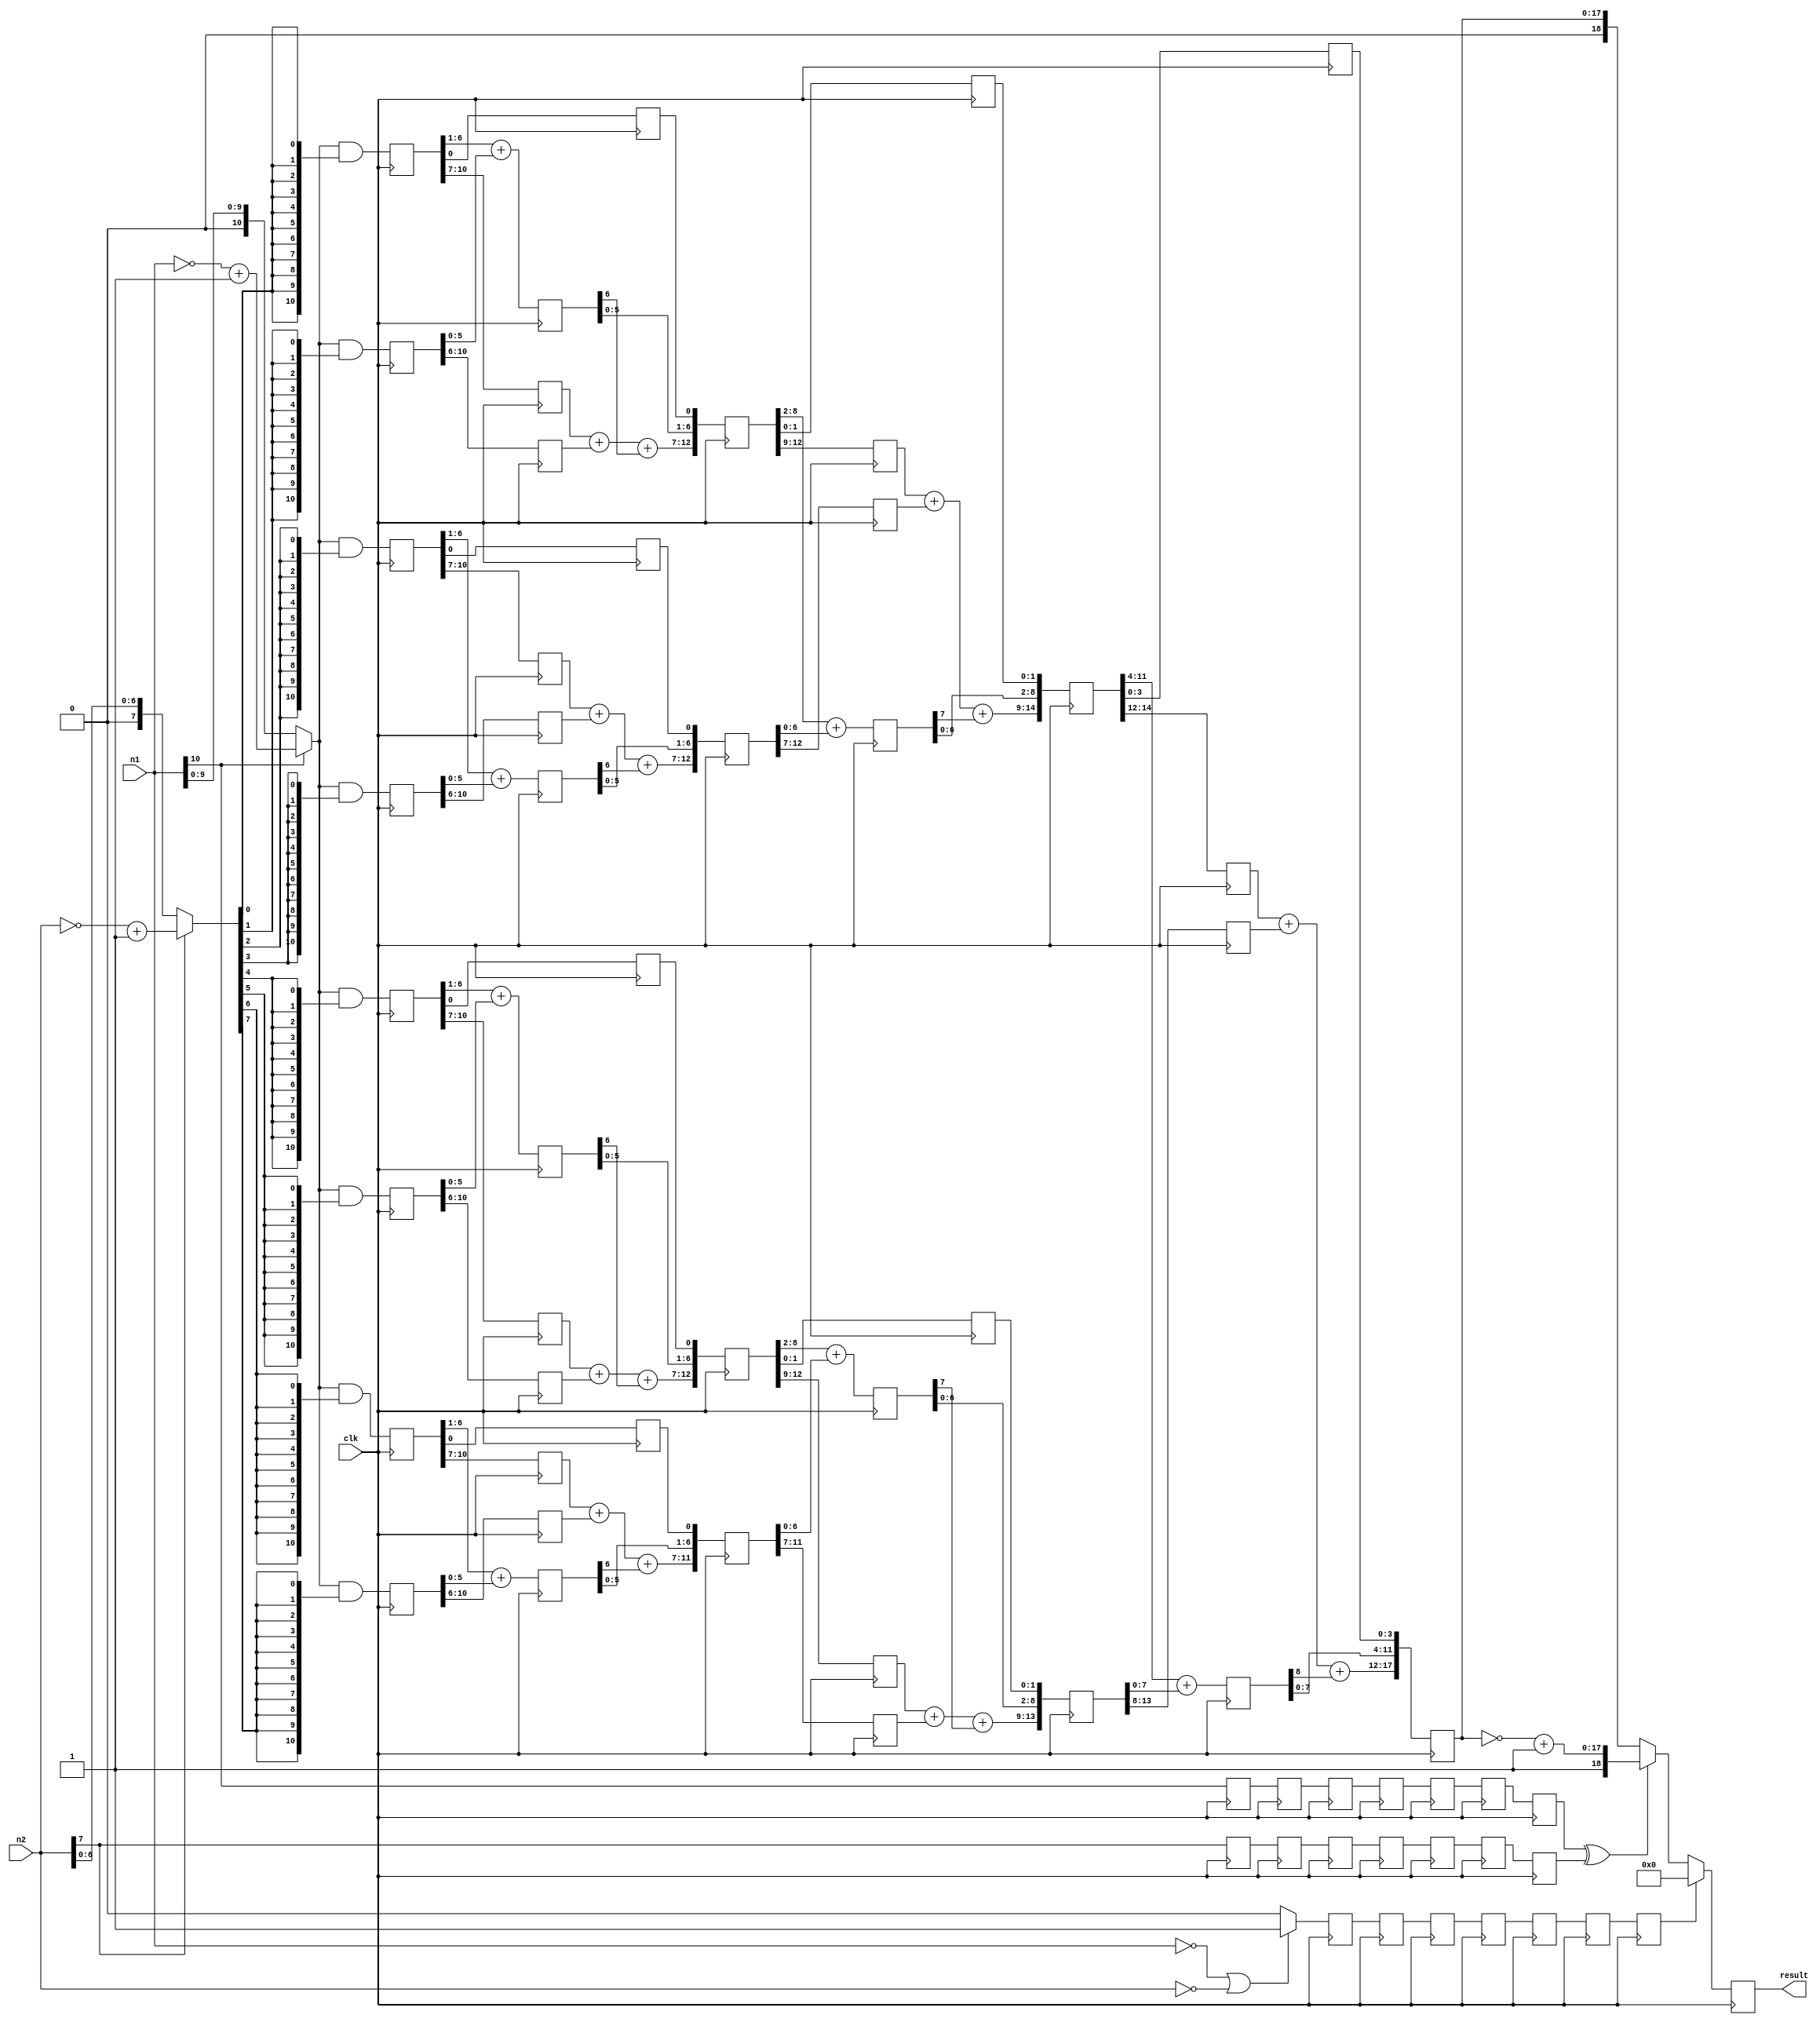
module mult11sx8s (
    input clk,
    input [10:0] n1,
    input [7:0] n2,
    output reg [18:0] result
);

    reg [10:0] n1_mag; // Changed from wire to reg
    reg [7:0] n2_mag; // Changed from wire to reg
    wire n1orn2z;

    wire [10:0] p1, p2, p3, p4, p5, p6, p7, p8;
    wire [6:0] s11a, s12a, s13a, s14a;
    wire [5:0] s11b, s12b, s13b, s14b;
    wire [12:0] s11, s12, s13, s14;
    wire [7:0] s21a, s22a;
    wire [6:0] s21b, s22b;
    wire [14:0] s21, s22;
    wire [8:0] s31a;
    wire [7:0] s31b;
    wire [17:0] s31;
    wire res_sign;
    wire [18:0] res;

    reg n1_reg1, n1_reg2, n1_reg3, n1_reg4, n1_reg5, n1_reg6, n1_reg7;
    reg n2_reg1, n2_reg2, n2_reg3, n2_reg4, n2_reg5, n2_reg6, n2_reg7;
    reg n1orn2z_reg1, n1orn2z_reg2, n1orn2z_reg3, n1orn2z_reg4, n1orn2z_reg5, n1orn2z_reg6, n1orn2z_reg7;
    reg [10:0] p1_reg1, p2_reg1, p3_reg1, p4_reg1, p5_reg1, p6_reg1, p7_reg1, p8_reg1;
    reg [10:0] p1_reg2, p2_reg2, p3_reg2, p4_reg2, p5_reg2, p6_reg2, p7_reg2, p8_reg2;
    reg [6:0] s11a_reg2, s12a_reg2, s13a_reg2, s14a_reg2;
    reg [12:0] s11_reg3, s12_reg3, s13_reg3, s14_reg3;
    reg [12:0] s11_reg4, s12_reg4, s13_reg4, s14_reg4;
    reg [14:0] s21_reg5, s22_reg5;
    reg [14:0] s21_reg6, s22_reg6;
    reg [17:0] s31_reg7;
    reg [8:0] s31a_reg6;
    reg [7:0] s21a_reg4, s22a_reg4;

    always @(n1)
    begin
        if (n1[10] == 1'b0)
            n1_mag = n1[10:0];
        else
            n1_mag = ~n1[10:0] + 1;
    end

    always @(n2)
    begin
        if (n2[7] == 1'b0)
            n2_mag = n2[7:0];
        else
            n2_mag = ~n2[7:0] + 1;
    end

    assign n1orn2z = ((n1 == 11'b0) || (n2 == 7'b0)) ? 1'b1 : 1'b0;
    assign p1 = n1_mag[10:0] & {11{n2_mag[0]}};
    assign p2 = n1_mag[10:0] & {11{n2_mag[1]}};
    assign p3 = n1_mag[10:0] & {11{n2_mag[2]}};
    assign p4 = n1_mag[10:0] & {11{n2_mag[3]}};
    assign p5 = n1_mag[10:0] & {11{n2_mag[4]}};
    assign p6 = n1_mag[10:0] & {11{n2_mag[5]}};
    assign p7 = n1_mag[10:0] & {11{n2_mag[6]}};
    assign p8 = n1_mag[10:0] & {11{n2_mag[7]}};

    always @(posedge clk)
    begin
        p1_reg1 <= p1;
        p2_reg1 <= p2;
        p3_reg1 <= p3;
        p4_reg1 <= p4;
        p5_reg1 <= p5;
        p6_reg1 <= p6;
        p7_reg1 <= p7;
        p8_reg1 <= p8;
        n1_reg1 <= n1[10];
        n2_reg1 <= n2[7];
        n1orn2z_reg1 <= n1orn2z;
    end

    assign s11a[6:0] = p1_reg1[6:1] + p2_reg1[5:0];
    assign s12a[6:0] = p3_reg1[6:1] + p4_reg1[5:0];
    assign s13a[6:0] = p5_reg1[6:1] + p6_reg1[5:0];
    assign s14a[6:0] = p7_reg1[6:1] + p8_reg1[5:0];

    always @(posedge clk)
    begin
        s11a_reg2 <= s11a;
        s12a_reg2 <= s12a;
        s13a_reg2 <= s13a;
        s14a_reg2 <= s14a;
        p1_reg2[10:7] <= p1_reg1[10:7];
        p2_reg2[10:6] <= p2_reg1[10:6];
        p3_reg2[10:7] <= p3_reg1[10:7];
        p4_reg2[10:6] <= p4_reg1[10:6];
        p5_reg2[10:7] <= p5_reg1[10:7];
        p6_reg2[10:6] <= p6_reg1[10:6];
        p7_reg2[10:7] <= p7_reg1[10:7];
        p8_reg2[10:6] <= p8_reg1[10:6];
        p1_reg2[0] <= p1_reg1[0];
        p3_reg2[0] <= p3_reg1[0];
        p5_reg2[0] <= p5_reg1[0];
        p7_reg2[0] <= p7_reg1[0];
        n1_reg2 <= n1_reg1;
        n2_reg2 <= n2_reg1;
        n1orn2z_reg2 <= n1orn2z_reg1;
    end

    assign s11b[5:0] = {1'b0, p1_reg2[10:7]} + p2_reg2[10:6] + s11a_reg2[6];
    assign s12b[5:0] = {1'b0, p3_reg2[10:7]} + p4_reg2[10:6] + s12a_reg2[6];
    assign s13b[5:0] = {1'b0, p5_reg2[10:7]} + p6_reg2[10:6] + s13a_reg2[6];
    assign s14b[5:0] = {1'b0, p7_reg2[10:7]} + p8_reg2[10:6] + s14a_reg2[6];

    assign s11[12:0] = {s11b, s11a_reg2[5:0], p1_reg2[0]};
    assign s12[12:0] = {s12b, s12a_reg2[5:0], p3_reg2[0]};
    assign s13[12:0] = {s13b, s13a_reg2[5:0], p5_reg2[0]};
    assign s14[12:0] = {s14b, s14a_reg2[5:0], p7_reg2[0]};

    always @(posedge clk)
    begin
        s11_reg3 <= s11;
        s12_reg3 <= s12;
        s13_reg3 <= s13;
        s14_reg3 <= s14;
        n1_reg3 <= n1_reg2;
        n2_reg3 <= n2_reg2;
        n1orn2z_reg3 <= n1orn2z_reg2;
    end

    assign s21a[7:0] = s11_reg3[8:2] + s12_reg3[6:0];
    assign s22a[7:0] = s13_reg3[8:2] + s14_reg3[6:0];

    always @(posedge clk)
    begin
        s11_reg4[12:9] <= s11_reg3[12:9];
        s11_reg4[1:0] <= s11_reg3[1:0];
        s12_reg4[12:7] <= s12_reg3[12:7];
        s13_reg4[12:9] <= s13_reg3[12:9];
        s13_reg4[1:0] <= s13_reg3[1:0];
        s14_reg4[12:7] <= s14_reg3[12:7];
        s21a_reg4 <= s21a;
        s22a_reg4 <= s22a;
        n1_reg4 <= n1_reg3;
        n2_reg4 <= n2_reg3;
        n1orn2z_reg4 <= n1orn2z_reg3;
    end

    assign s21b[6:0] = {2'b0, s11_reg4[12:9]} + s12_reg4[12:7] + s21a_reg4[7];
    assign s22b[6:0] = {2'b0, s13_reg4[12:9]} + s14_reg4[12:7] + s22a_reg4[7];

    assign s21[14:0] = {s21b[5:0], s21a_reg4[6:0], s11_reg4[1:0]};
    assign s22[14:0] = {s22b[5:0], s22a_reg4[6:0], s13_reg4[1:0]};

    always @(posedge clk)
    begin
        s21_reg5 <= s21;
        s22_reg5 <= s22;
        n1_reg5 <= n1_reg4;
        n2_reg5 <= n2_reg4;
        n1orn2z_reg5 <= n1orn2z_reg4;
    end

    assign s31a[8:0] = s21_reg5[11:4] + s22_reg5[7:0];

    always @(posedge clk)
    begin
        s21_reg6[14:12] <= s21_reg5[14:12];
        s22_reg6[14:8] <= s22_reg5[14:8];
        s21_reg6[3:0] <= s21_reg5[3:0];
        s31a_reg6 <= s31a;
        n1_reg6 <= n1_reg5;
        n2_reg6 <= n2_reg5;
        n1orn2z_reg6 <= n1orn2z_reg5;
    end

    assign s31b[7:0] = {4'b0, s21_reg6[14:12]} + s22_reg6[14:8] + s31a_reg6[8];

    assign s31[17:0] = {s31b[5:0], s31a_reg6[7:0], s21_reg6[3:0]} ;

    always @(posedge clk)
    begin
        s31_reg7 <= s31;
        n1_reg7 <= n1_reg6;
        n2_reg7 <= n2_reg6;
        n1orn2z_reg7 <= n1orn2z_reg6;
    end

    assign res_sign = n1_reg7 ^ n2_reg7;

    assign res[18:0] = (res_sign ) ? {1'b1, (~s31_reg7 + 1'b1)}:{1'b0, s31_reg7} ;

    always @(posedge clk) begin
	if (n1orn2z_reg7 == 1'b1)
		result[18:0] <= 19'b0;
	else
        	result[18:0] <= res;
    end

endmodule